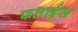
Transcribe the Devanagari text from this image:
फलाईस